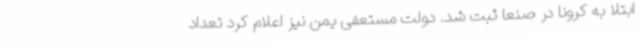
ابتلا به کرونا در صنعا ثبت شد. دولت مستعفی یمن نیز اعلام کرد تعداد